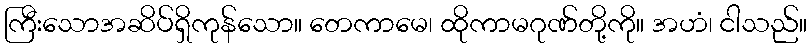
ကြီးသောအဆိပ်ရှိကုန်သော။ တေကာမေ၊ ထိုကာမဂုဏ်တို့ကို။ အဟံ၊ ငါသည်။